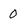
Character: 0